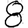
Digit: 8